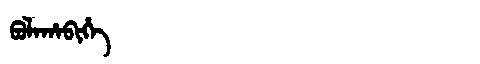
Manchu: ᠪᠣᠯᠠᡥᠠᠪᡳᡥᡝ
Romanization: BOLAHABIHE